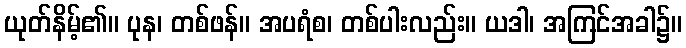
ယုတ်နိမ့်၏။ ပုန၊ တစ်ဖန်။ အပရံစ၊ တစ်ပါးလည်း။ ယဒါ၊ အကြင်အခါ၌။